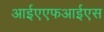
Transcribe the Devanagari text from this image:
आईएएफआईएस